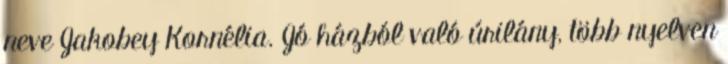
neve Jakobey Kornélia. Jó házból való úrilány, több nyelven